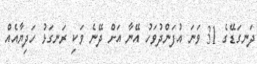
ދަނގަޑޭގެ 31 ވަނަ އުފަންދުވަހު އޭނާ އަށް ދޭނެ ވަކި ރަނގަޅު ހަދިޔާއެއް